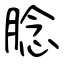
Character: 腍